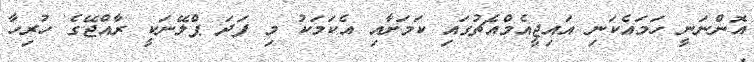
އޮންނަނީ ހަމައެކަނި އައިޖީއެމްއެޗުގައި ކަމަށާއި އެކަމަކު މި ފަދަ ޕްލޭނަކީ ރާއްޖޭގެ ހުރިހާ